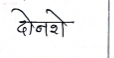
मजकूर: दोनशे